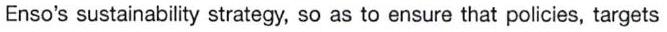
Enso's sustainability strategy, so as to ensure that policies, targets